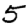
Digit: 5